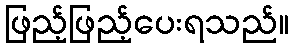
ဖြည့်ဖြည့်ပေးရသည်။